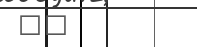
٤٣